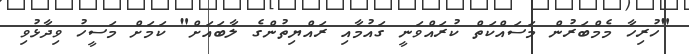
"ހުރިހާ މެމްބަރުން މަސައްކަތް ކުރައްވަނީ ގައުމާއި ރައްޔިތުންގެ ލާބައަށް" ކަމަށް މަސީހު ވިދާޅުވި